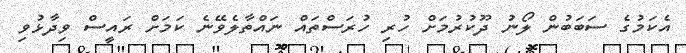
އެކަމުގެ ސަބަބުން ލޯނު ދޫކުރުމަށް ހުރި ހުރަސްތައް ނައްތާލެވޭނެ ކަމަށް ރައީސް ވިދާޅުވި